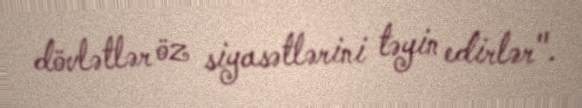
dövlətlər öz siyasətlərini təyin edirlər".